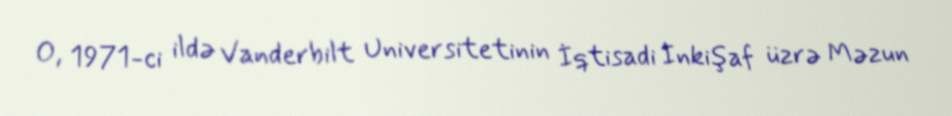
O, 1971-ci ildə Vanderbilt Universitetinin İqtisadi İnkişaf üzrə Məzun